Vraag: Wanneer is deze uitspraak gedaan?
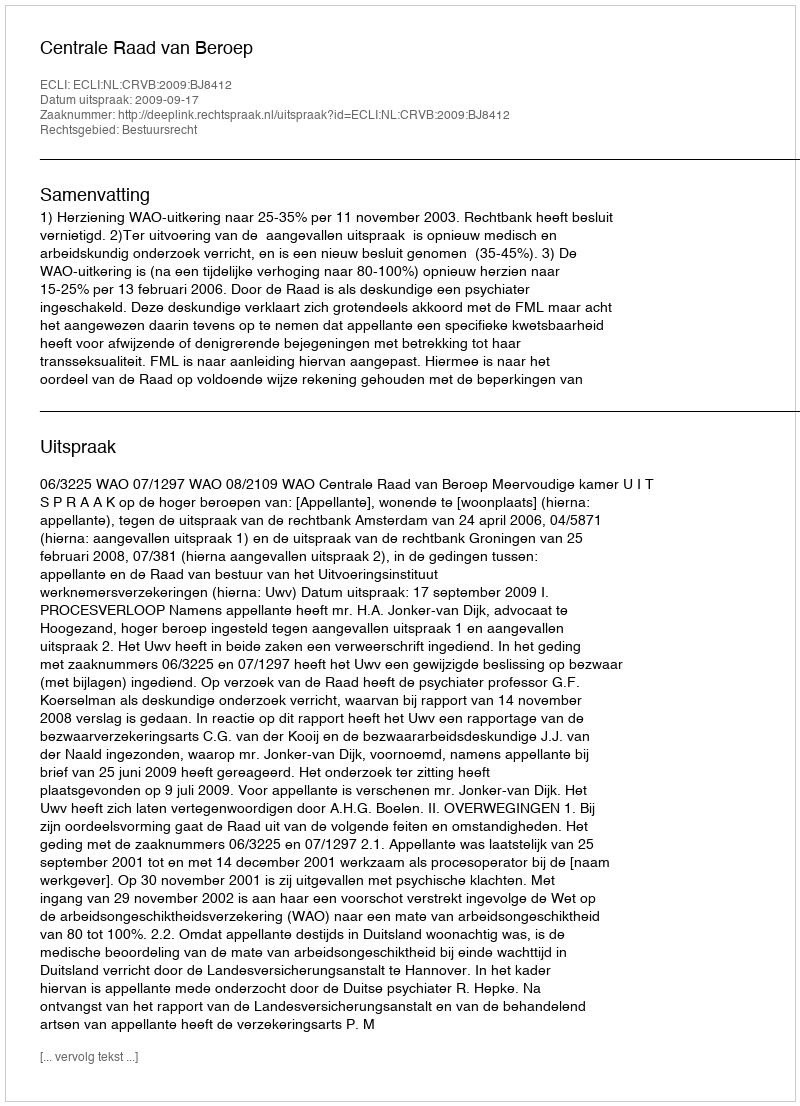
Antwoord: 2009-09-17